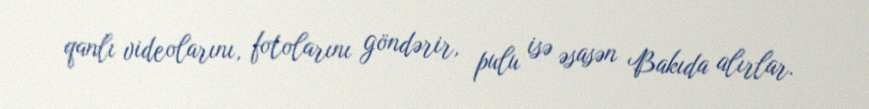
qanlı videolarını, fotolarını göndərir, pulu isə əsasən Bakıda alırlar.